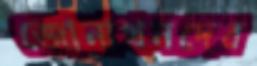
জোনাথনদের